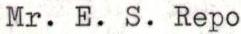
Mr. E. S. Repo